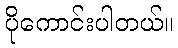
ပိုကောင်းပါတယ်။